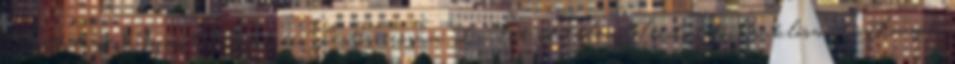
Festőhenger, Gyantázó henger, Festőszerszám Izület védelem Térdvédő, Csuklószorító, Könyök